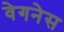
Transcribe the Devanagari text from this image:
वेगनेस